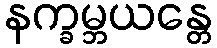
နက္ခမ္ဘယန္တေ